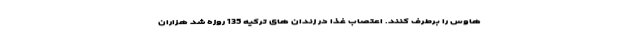
هاوس را برطرف کنند. اعتصاب غذا در زندان های ترکیه 135 روزه شد هزاران